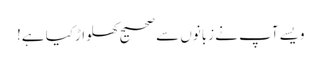
ویسے آپ نے زبانوں سے صحیح کھلواڑکیا ہے!